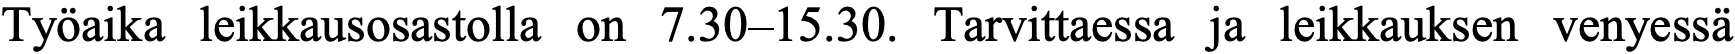
Työaika leikkausosastolla on 7.30–15.30. Tarvittaessa ja leikkauksen venyessä